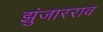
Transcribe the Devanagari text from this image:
झुंजारराव